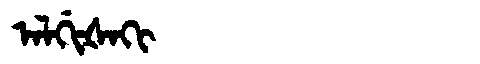
Manchu: ᠠᠯᡤᡳᡧᠠᡴᡳ
Romanization: ALGIŠAKI